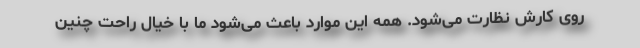
روی کارش نظارت می‌شود. همه این موارد باعث می‌شود ما با خیال راحت چنین